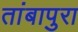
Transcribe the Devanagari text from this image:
तांबापुरा